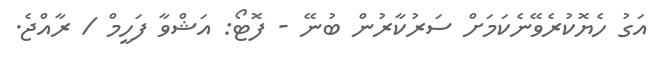
އަގު ހެޔޮކުރެވޭނެކަމަށް ސަރުކާރުން ބުނޭ - ފޮޓޯ: އަޝްވާ ފަހީމް / ރާއްޖެ.